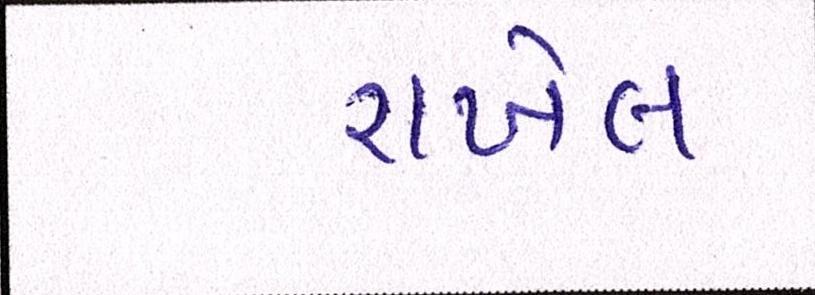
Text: રાખેલ